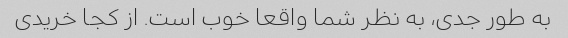
به طور جدی، به نظر شما واقعا خوب است. از کجا خریدی